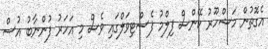
އެގޮތުން މަޝްހޫރު ކޭންސް ފިލްމު ފެސްޓިވަލްގައި ވެސް މި އަހަރު ފުންނާބު އުސް